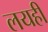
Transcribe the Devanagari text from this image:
लयही